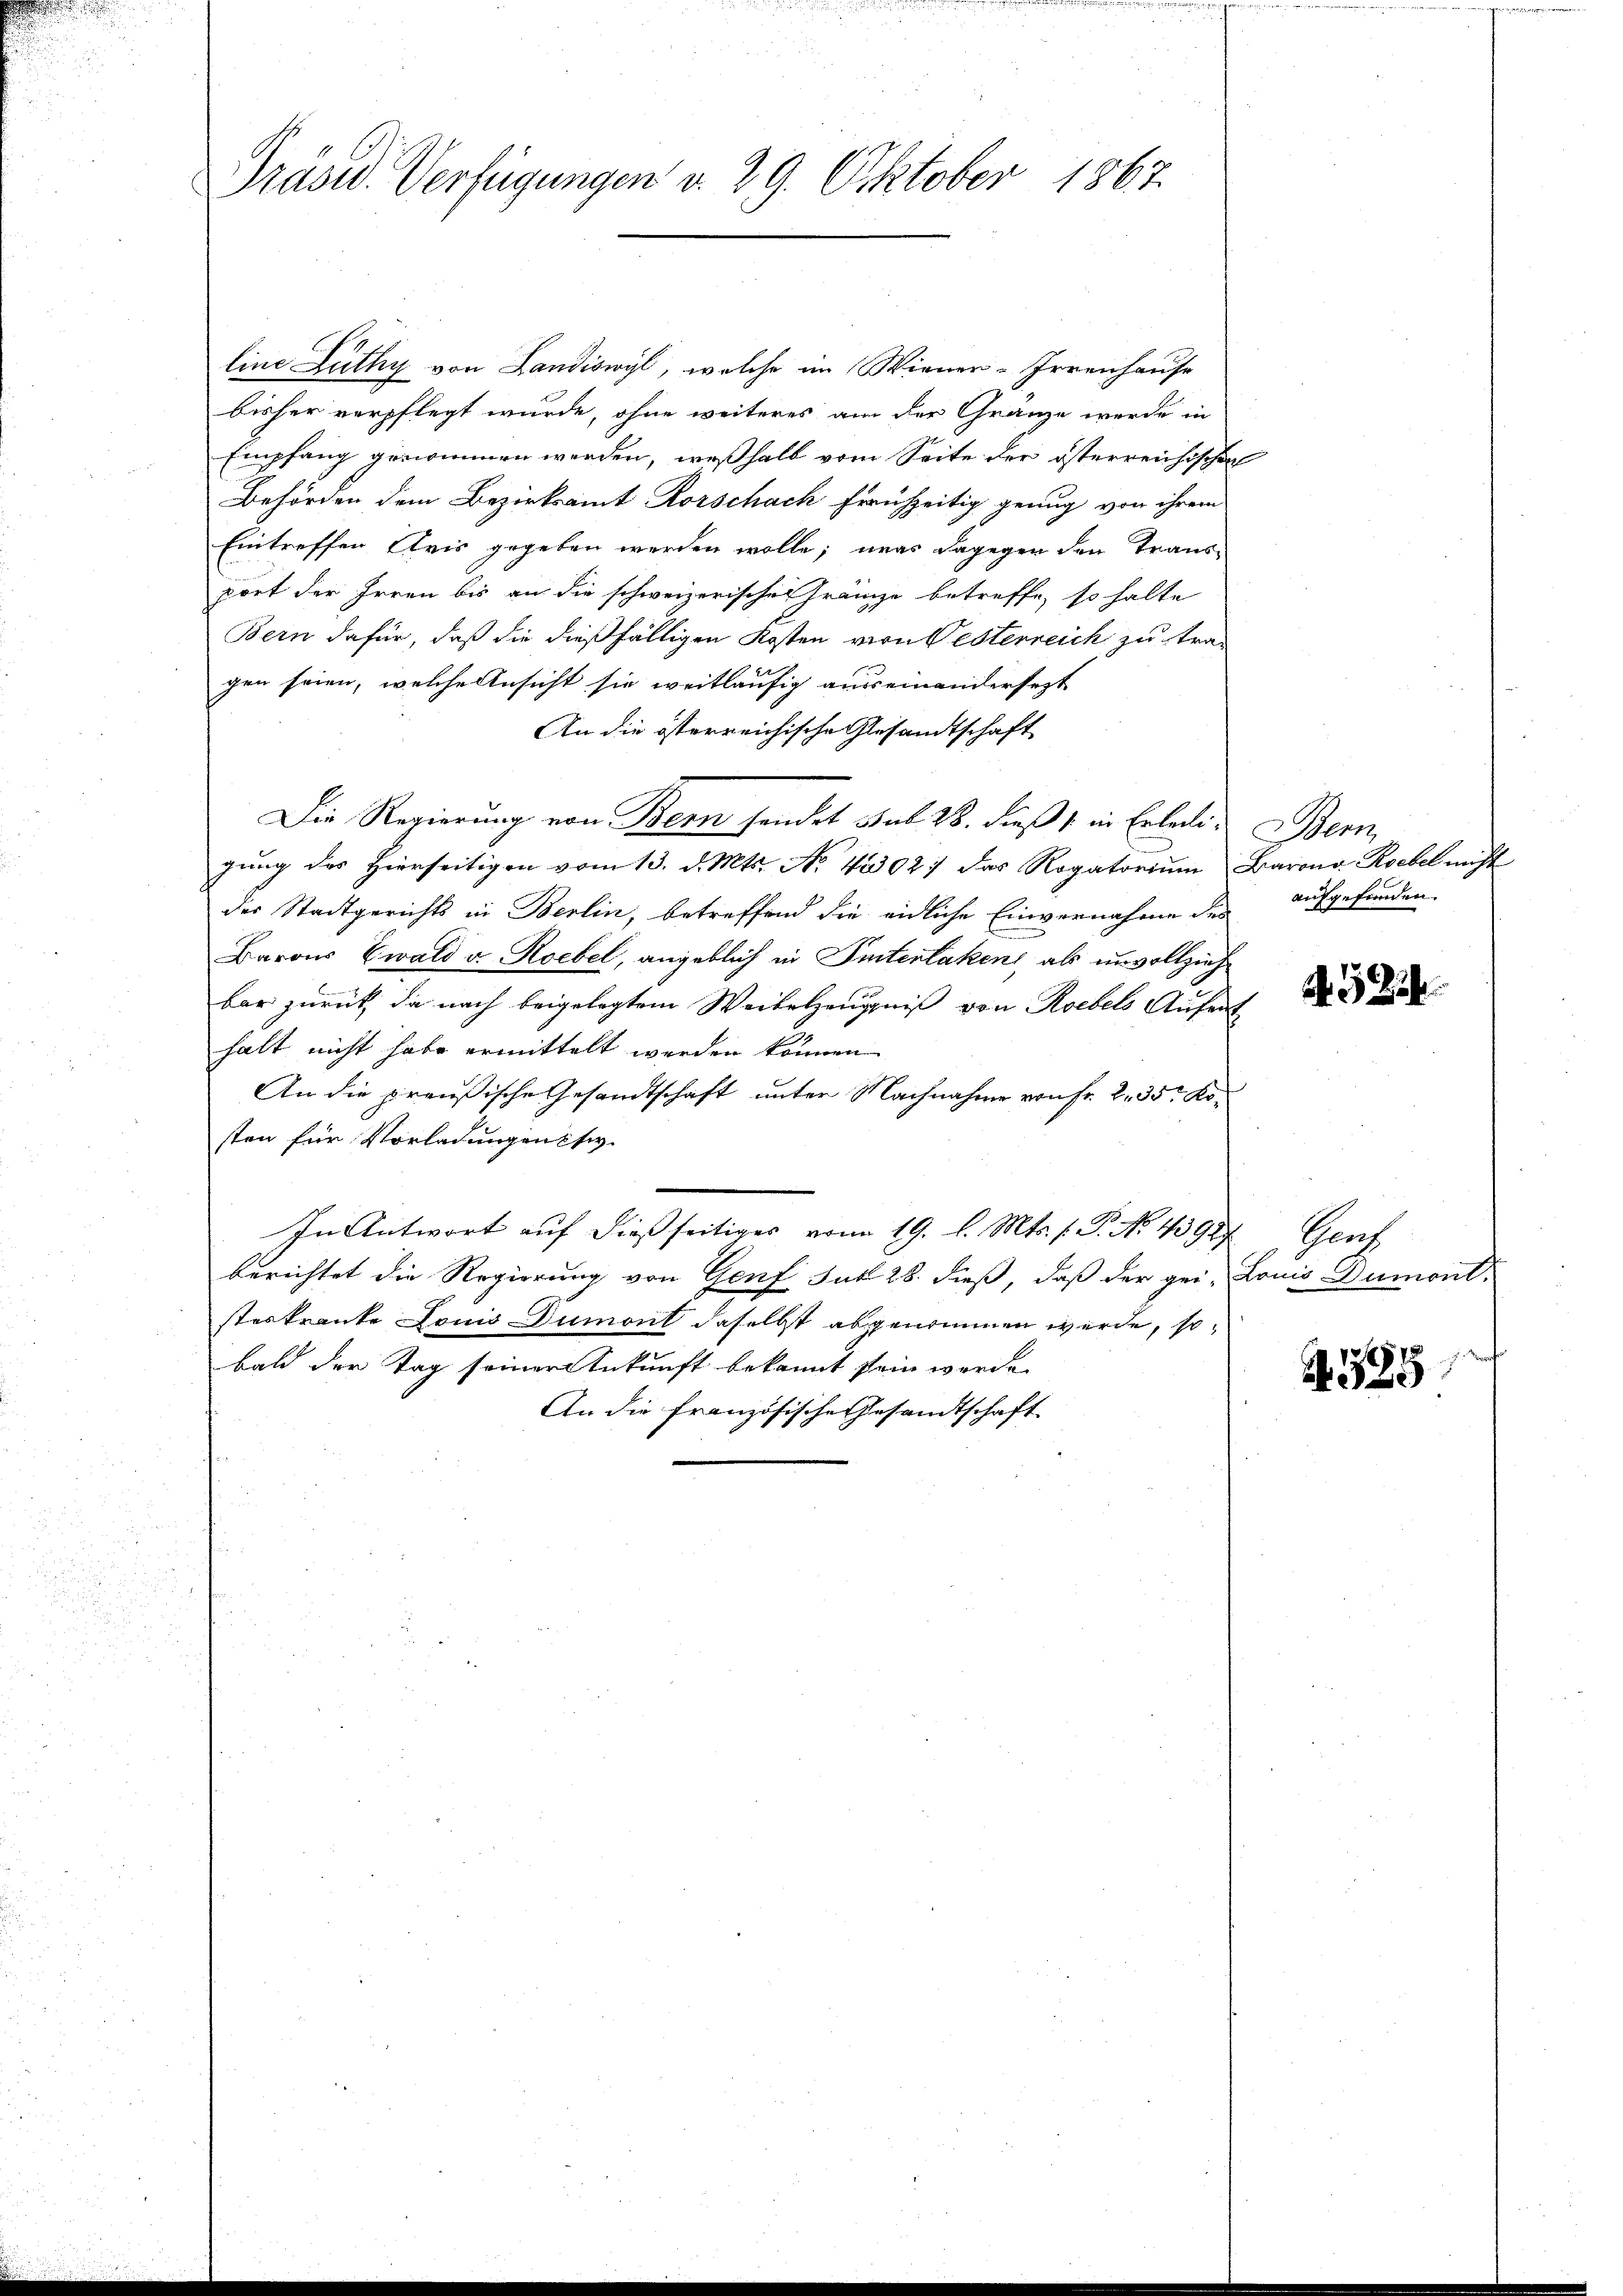
line Zuthy von Landiswyl, welche im Wiener-Irrenhause
bisher verpflegt wurde, ohne weiteres am der Gränze werde in
Empfang genommen werden, weßhalb vom Seite der österreichischen
Behörden dem Bezirksamt Rorschach frühzeitig genug von ihrem
Eintreffen Cris gegeben werden wolle; was dagegen den Trans-
port der Irren bis an die schweizerischen Gränze betreffe, so halte
Bern dafür, daß die dießfälligen Kosten von Gesterreich zu tra-
gen seien, welche Ansicht sie weitläufig ausseinandersezt
An die österreichische Gesandtschaft
Die Regierung von Bern sendet sub 28. dieß in Erleiten Bern
gŭng des hierseitigen vom 13. d. Mts. No. 4302: das Rogatoriŭm Baron Rebel nicht
der Stadtgerichts in Berlin, betreffend die eidliche Einvernahme des
Barons Ewald u. Roebel, angeblich in Sinterlaken, als unvollzieh
bar zurück, da nach beigelegtem Weiterzeugniß von Roebels Aufent
halt nicht habe ermittelt werden können
An die preußische Gesandtschaft unter Nachnahme von Fr. 2. 35r Kosten für Vorladungen si
In Antwort auf dießseitiges vom 19. d. Mts. f. P. No. 43927 Genf
berichtet die Regierung von Genf Jak 28. dieß, daß der gei- Louis Dumont-
steskranke Louis Dumont daselbst abgenommen werde, so
bald der Tag seiner Ankunft bekannt sein werde.
An die französische Gesandtschaft

Präsid. Verfügungen d. 29. Oktober 1867.

aufgefunden.

A 322.

A385